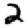
Digit: 2